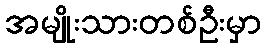
အမျိုးသားတစ်ဦးမှာ